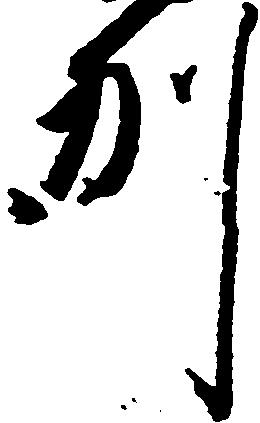
州